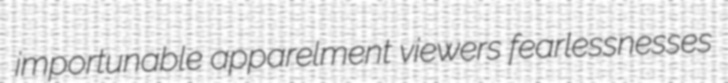
importunable apparelment viewers fearlessnesses